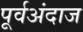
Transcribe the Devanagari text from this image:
पूर्वअंदाज